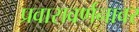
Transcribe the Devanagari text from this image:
प्रवासवर्णनावर